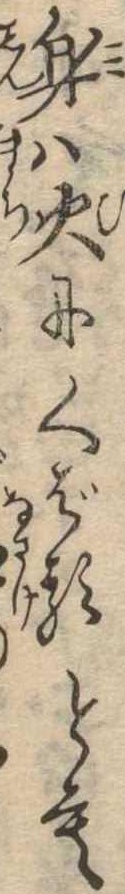
身は火にくばるとも